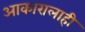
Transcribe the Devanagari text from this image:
आकारालाही